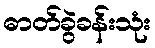
ဓာတ်ခွဲခန်းသုံး